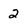
Character: 2